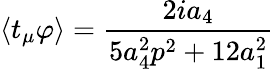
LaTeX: \left\langle t_{\mu}\varphi\right\rangle=\frac{2ia_{4}}{5a_{4}^{2}p^{2}+12a_{1}^{2}}